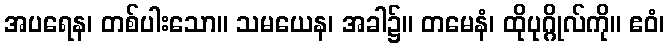
အပရေန၊ တစ်ပါးသော။ သမယေန၊ အခါ၌။ တမေနံ၊ ထိုပုဂ္ဂိုလ်ကို။ ဧဝံ၊